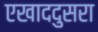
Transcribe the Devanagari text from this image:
एखाददुसरा